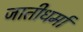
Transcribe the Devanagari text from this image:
जातीधर्मा